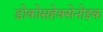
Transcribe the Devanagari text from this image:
डोकोसहेक्सेनोइक